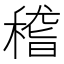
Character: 𥠻